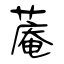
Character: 蓭